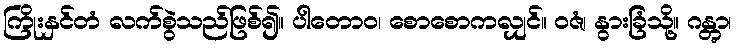
ကြိုးနှင်တံ လက်စွဲသည်ဖြစ်၍။ ပါတောဝ၊ စောစောကလျှင်။ ဝဇံ၊ နွားခြံသို့။ ဂန္တွာ၊